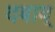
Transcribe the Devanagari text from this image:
दबाव्